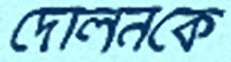
দোলনকে